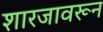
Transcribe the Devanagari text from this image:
शारजावरून